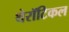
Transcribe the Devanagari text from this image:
थेरॉटिकल